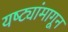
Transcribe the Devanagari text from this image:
यष्ट्यांमागून